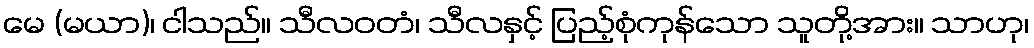
မေ (မယာ)၊ ငါသည်။ သီလဝတံ၊ သီလနှင့် ပြည့်စုံကုန်သော သူတို့အား။ သာဟု၊